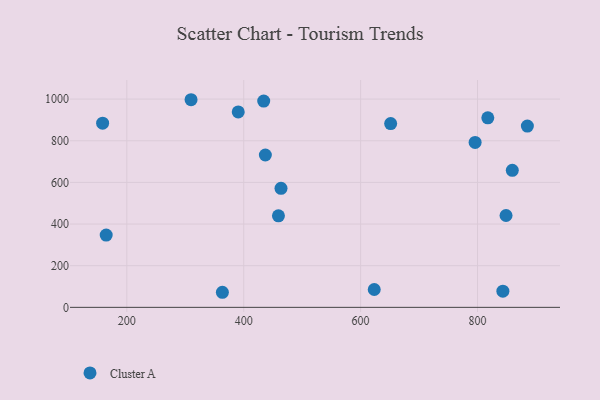
{"axis": {"x": "Investment", "y": "Salary"}, "legend": ["Cluster A"], "data": [{"x": "309.9", "y": 997.0, "type": "Cluster A"}, {"x": "885.3", "y": 870.5, "type": "Cluster A"}, {"x": "795.9", "y": 792.0, "type": "Cluster A"}, {"x": "390.6", "y": 938.5, "type": "Cluster A"}, {"x": "164.7", "y": 347.0, "type": "Cluster A"}, {"x": "459.4", "y": 439.4, "type": "Cluster A"}, {"x": "843.4", "y": 77.6, "type": "Cluster A"}, {"x": "623.3", "y": 85.7, "type": "Cluster A"}, {"x": "651.4", "y": 882.6, "type": "Cluster A"}, {"x": "817.6", "y": 910.3, "type": "Cluster A"}, {"x": "363.5", "y": 72.4, "type": "Cluster A"}, {"x": "859.5", "y": 658.2, "type": "Cluster A"}, {"x": "158.6", "y": 884.3, "type": "Cluster A"}, {"x": "848.8", "y": 441.0, "type": "Cluster A"}, {"x": "463.8", "y": 571.6, "type": "Cluster A"}, {"x": "437.0", "y": 731.6, "type": "Cluster A"}, {"x": "434.2", "y": 990.4, "type": "Cluster A"}]}